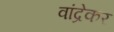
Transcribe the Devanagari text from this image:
वांद्रेकर